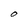
Character: O